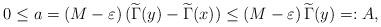
LaTeX: \begin{align*}0\leq a=(M-\varepsilon)\,(\widetilde\Gamma(y)-\widetilde\Gamma(x))\leq (M-\varepsilon)\,\widetilde \Gamma(y)=:A,\end{align*}